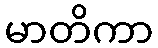
မာတိကာ